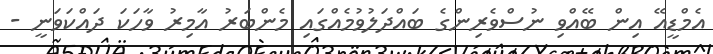
އެމްޑީއޭ އިން ބޭއްވި ނުސްވެރިންގެ ބައްދަލުވުމެއްގައި މެންބަރު އާމިރު ވާހަކަ ދައްކަވަނީ -